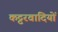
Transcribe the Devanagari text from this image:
कट्टरवादियों